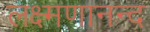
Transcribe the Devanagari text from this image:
लक्ष्मणानन्द